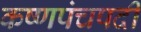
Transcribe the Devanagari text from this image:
कष्णपंचपदी